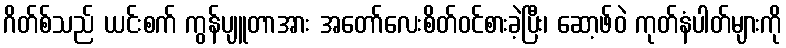
ဂိတ်စ်သည် ယင်းစက် ကွန်ပျူတာအား အတော်လေးစိတ်ဝင်စားခဲ့ပြီး၊ ဆော့ဖ်ဝဲ ကုတ်နံပါတ်များကို